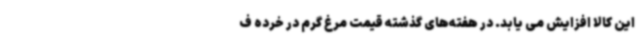
این کالا افزایش می یابد. در هفته‌های گذشته قیمت مرغ گرم در خرده ف